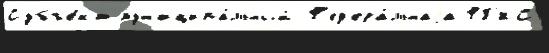
Субъе́кт мун'иципа́льный Ф'ед'ера́льнаjа ФГ'ИС